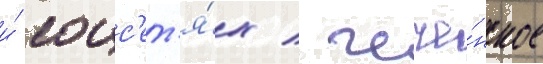
и́ соцс'ет'я́х / чече́нское